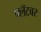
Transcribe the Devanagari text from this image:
फ्लॅटवर